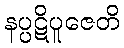
နပ္ပဋိပူဇေတိ